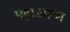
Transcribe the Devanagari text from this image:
महाउमग्ग